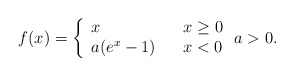
\begin{align*}f(x) =\left\{\begin{array}{lll} x & & x \geq 0 \\ a(e^{x} - 1) & & x < 0\end{array}\right. a > 0 .\end{align*}